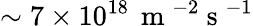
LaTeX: \sim 7\times 10^{18}\, \mathrm{~m~}^{-2}\mathrm{~s~}^{-1}